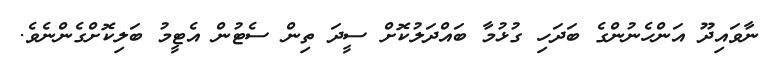
ނާވައިދޫ އަންހެނުންގެ ބަދަހި ގުޅުމާ ބައްދަލުކޮށް ސީދަ ތިން ސެޓުން އެޓީމު ބަލިކޮށްގެންނެވެ.